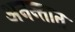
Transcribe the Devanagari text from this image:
अनन्तात